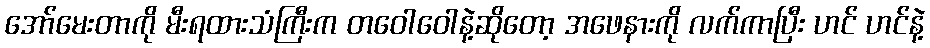
အော်မေးတာကို မီးရထားသံကြီးက တဝေါဝေါနဲ့ဆိုတော့ အဖေနားကို လက်ကာပြီး ဟင် ဟင်နဲ့